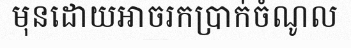
មុនដោយអាចរកប្រាក់ចំណូល